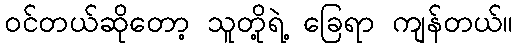
ဝင်တယ်ဆိုတော့ သူတို့ရဲ့ ခြေရာ ကျန်တယ်။